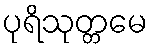
ပုရိသုတ္တမေ